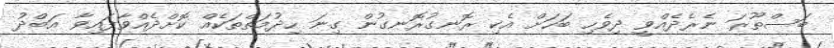
ބަސްތޫރަ ނެރެދެއްވީ ދިވެހި ބަހަށް އެކި ރޮނގުރޮނގުން ގިނަ ހިދުމަތްތަކެއް ކޮށްދެއްވާފައިވާ އަބްދު